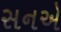
સનએ